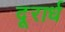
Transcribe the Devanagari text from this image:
दूरार्ध